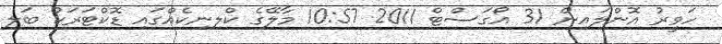
ހަވީރު އޮންލައިން 31 އޯގަސްޓް 2011 10:57 މާލޭގެ ކްލިނިކެއްގައި ޑޮކްޓަރަކު ބަލި